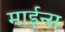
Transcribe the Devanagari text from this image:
माईन्स